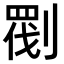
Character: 𠞵